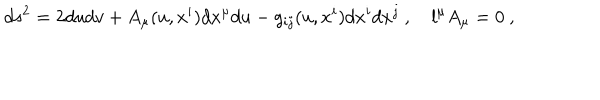
d s ^ { 2 } = 2 d u d v + A _ { \mu } ( u , x ^ { i } ) d x ^ { \mu } d u - g _ { i j } ( u , x ^ { i } ) d x ^ { i } d x ^ { j } \ , \quad l ^ { \mu } A _ { \mu } = 0 \ ,